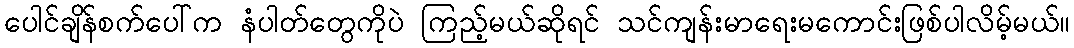
ပေါင်ချိန်စက်ပေါ်က နံပါတ်တွေကိုပဲ ကြည့်မယ်ဆိုရင် သင်ကျန်းမာရေးမကောင်းဖြစ်ပါလိမ့်မယ်။